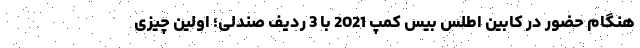
هنگام حضور در کابین اطلس بیس کمپ 2021 با 3 ردیف صندلی؛ اولین چیزی